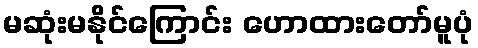
မဆုံးမနိုင်ကြောင်း ဟောထားတော်မူပုံ